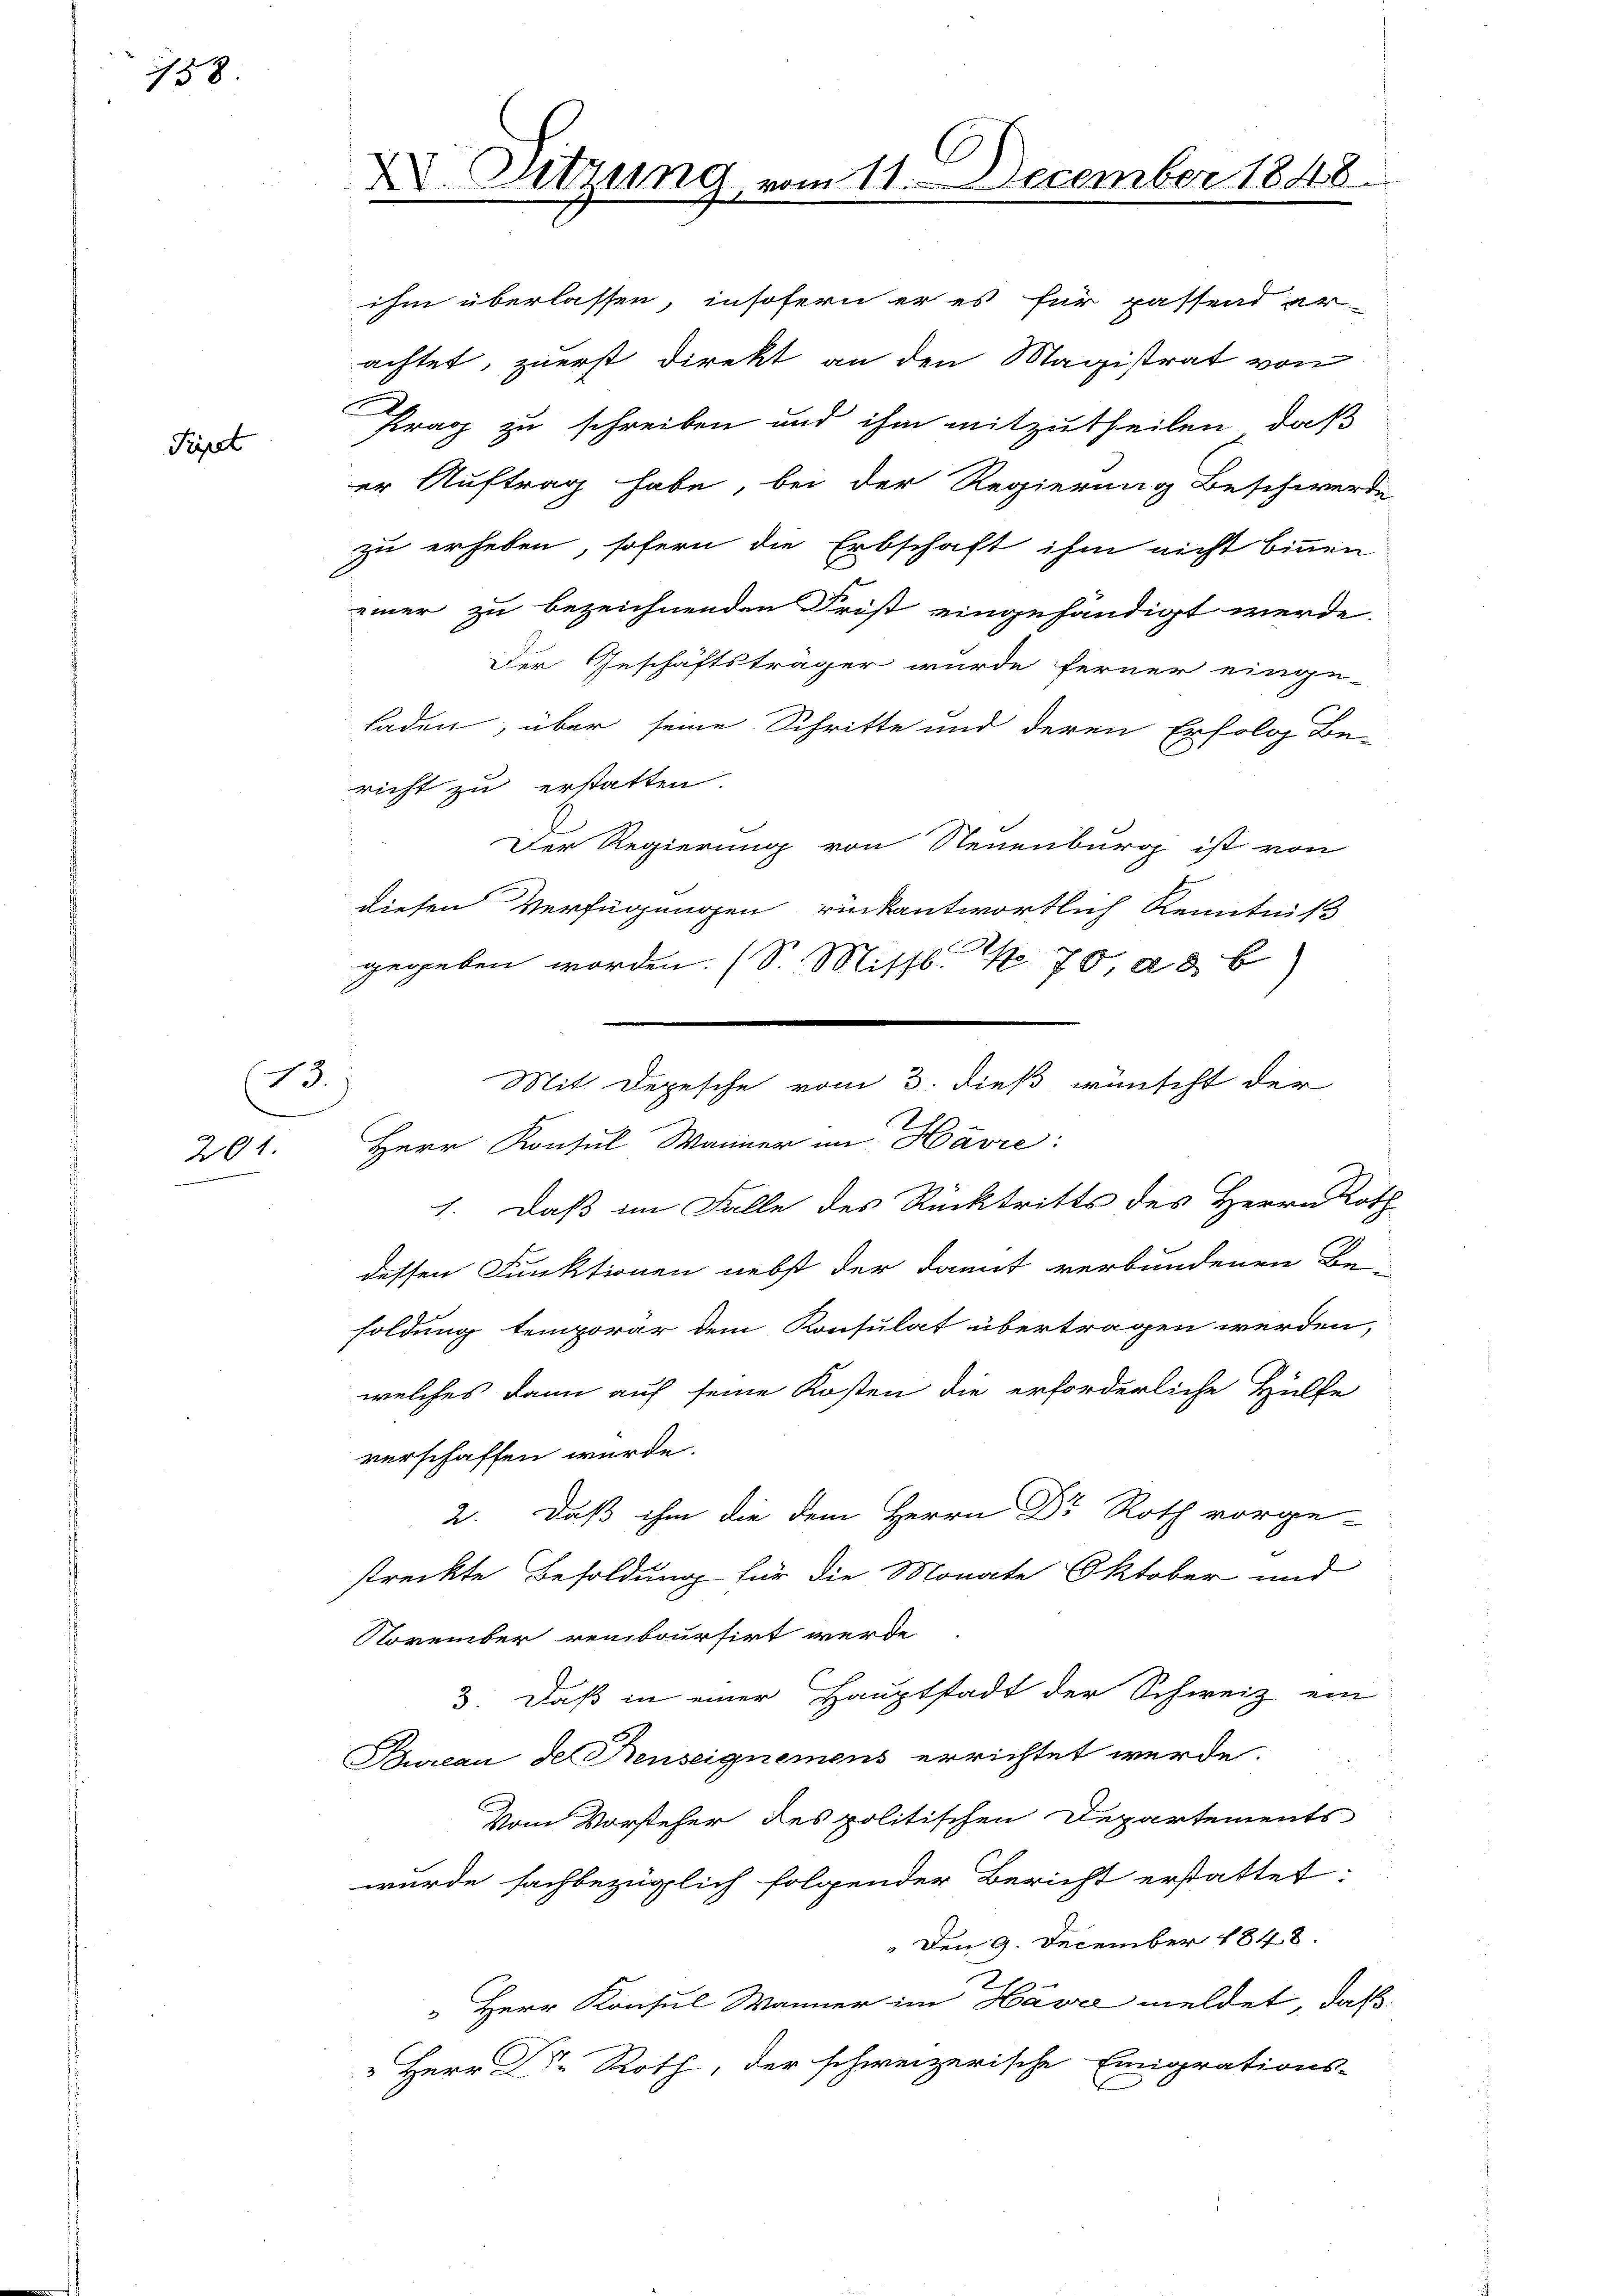
758

Pipet

13.
201.

XI. Sitzung

ihm überlassen, insofern er es für passend er-
achtet, zuerst Direkt an den Magistrat von
Prag zu schreiben und ihm mitzutheilen, daß
er Auftrag habe, bei der Regierung Beschwerde
zu erheben, sofern die Erbschaft ihm nicht binnen
einer zu bezeichnenden Frist eingehändigt werde.
Der Geschäftsträger wurde ferner einge-
laden, über seine Schritte und deren Erfolg Be-
richt zu erstatten.
Der Regierung von Neuenburg ist von
diesen Verfügungen rückantwortlich Kenntniß
gegeben worden. (S. Missb. No. 70, ad b)
Herr Konsul Manner im Havre:
1. Daß im Falle des Rücktritts des Herrn Roth
dessen Funktionen nebst der damit verbundenen Bei
soldung temporär dem Konsulat übertragen werden,
welches dann auf seine Kosten die erforderliche Hülfe
verschaffen wurde.
2. Daß ihm die dem Herrn Dr Roth vorge-
streckte Besoldung für die Monate Oktober und
November reinboursirt werde
3. Daß in einer Hauptstadt der Schweiz ein
Bureau de Neuseignemens errichtet werde.
Vom Vorsteher des politischen Departements
wurde sachbezüglich folgender Bericht erstattet:
" Den 9. December 1848
 Herr Konsul Männer im Havre meldet, daß
Herr Dr. Roth, der schweizerische Emigrations-

Mit Depesche vom 3. dieß wünscht der

am 11. December 1848